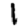
Digit: 1